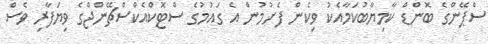
ސްޕޭންގެ ބޮންޑް ކާމިޔާބުކަމާއެކު ވިކެން ފެށުމުން އެ ގައުމުގެ ސްޓޮކްއެކްސްޗޭންޖްގެ ވިޔަފާރި ވެސް